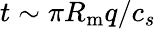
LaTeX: t\sim\pi R_{\mathrm{m}}q/c_{s}